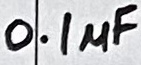
Text: 0.1µF